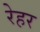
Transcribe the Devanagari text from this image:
रेहर